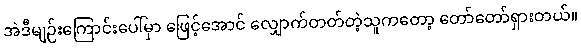
အဲဒီမျဉ်းကြောင်းပေါ်မှာ ဖြေင့်အောင် လျှောက်တတ်တဲ့သူကတော့ တော်တော်ရှားတယ်။